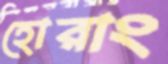
হোরাং